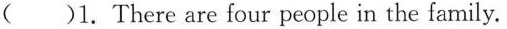
( )1. There are four people in the family.